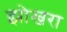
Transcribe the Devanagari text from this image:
झोखरा